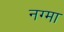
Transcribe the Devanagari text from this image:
नग्मा